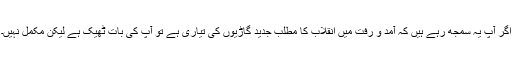
اگر آپ یہ سمجھ رہے ہیں کہ آمد و رفت میں انقلاب کا مطلب جدید گاڑیوں کی تیاری ہے تو آپ کی بات ٹھیک ہے لیکن مکمل نہیں۔